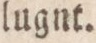
lugnt.